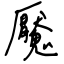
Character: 魘